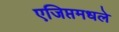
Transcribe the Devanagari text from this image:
एजिप्तमधले